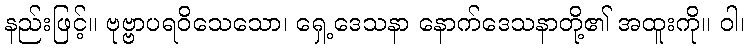
နည်းဖြင့်။ ဗုဗ္ဗာပရဝိသေသော၊ ရှေ့ဒေသနာ နောက်ဒေသနာတို့၏ အထူးကို။ ဝါ၊